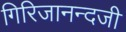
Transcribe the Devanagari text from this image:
गिरिजानन्दजी